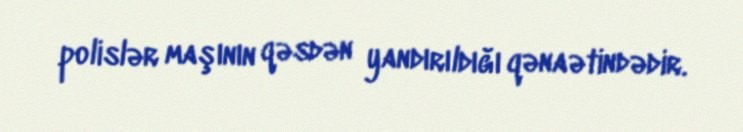
polislər maşının qəsdən yandırıldığı qənaətindədir.